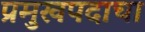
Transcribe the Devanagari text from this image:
प्रमुखपदाचा